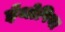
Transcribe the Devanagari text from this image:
ईथोपिया